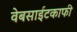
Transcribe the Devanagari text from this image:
वेबसाईटकाफी